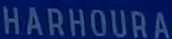
HARHOURA